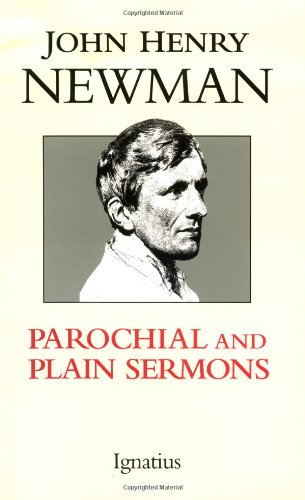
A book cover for Parochial and Plain Sermons; John Henry Newman; Christian Books & Bibles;